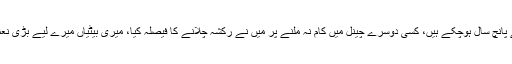
کیمرہ مین نے کہا کہ نوکری سے برطرفی کے پانچ سال ہوچکے ہیں، کسی دوسرے چینل میں کام نہ ملنے پر میں نے رکشہ چلانے کا فیصلہ کیا، میری بیٹیاں میرے لیے بڑی نعمت ہیں جو ہمیشہ میرے ساتھ صبر کرتی رہیں۔